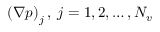
\left( \boldsymbol { \nabla } p \right) _ { j } , \; j = 1 , 2 , \ldots , N _ { v }